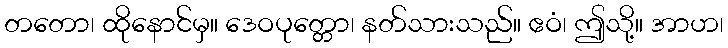
တတော၊ ထိုနောင်မှ။ ဒေဝပုတ္တော၊ နတ်သားသည်။ ဧဝံ၊ ဤသို့။ အာဟ၊